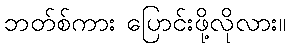
ဘတ်စ်ကား ပြောင်းဖို့လိုလား။